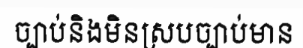
ច្បាប់និងមិនស្របច្បាប់មាន